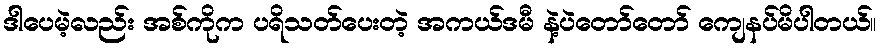
ဒါပေမဲ့လည်း အစ်ကိုက ပရိသတ်ပေးတဲ့ အကယ်ဒမီ နဲ့ပဲတော်တော် ကျေနပ်မိပါတယ်။